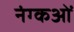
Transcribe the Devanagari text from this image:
नंग्‍कओं